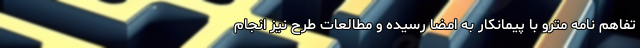
تفاهم نامه مترو با پیمانکار به امضا رسیده و مطالعات طرح نیز انجام